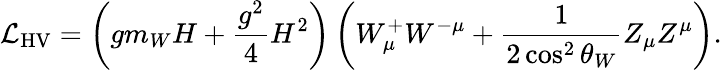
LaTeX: {\mathcal{L}}_{\mathrm{HV}}=\left(gm_{W}H+{\frac{g^{2}}{4}}H^{2}\right)\left(W_{\mu}^{+}W^{-\mu}+{\frac{1}{2\cos^{2}\theta_{W}}}Z_{\mu}Z^{\mu}\right).